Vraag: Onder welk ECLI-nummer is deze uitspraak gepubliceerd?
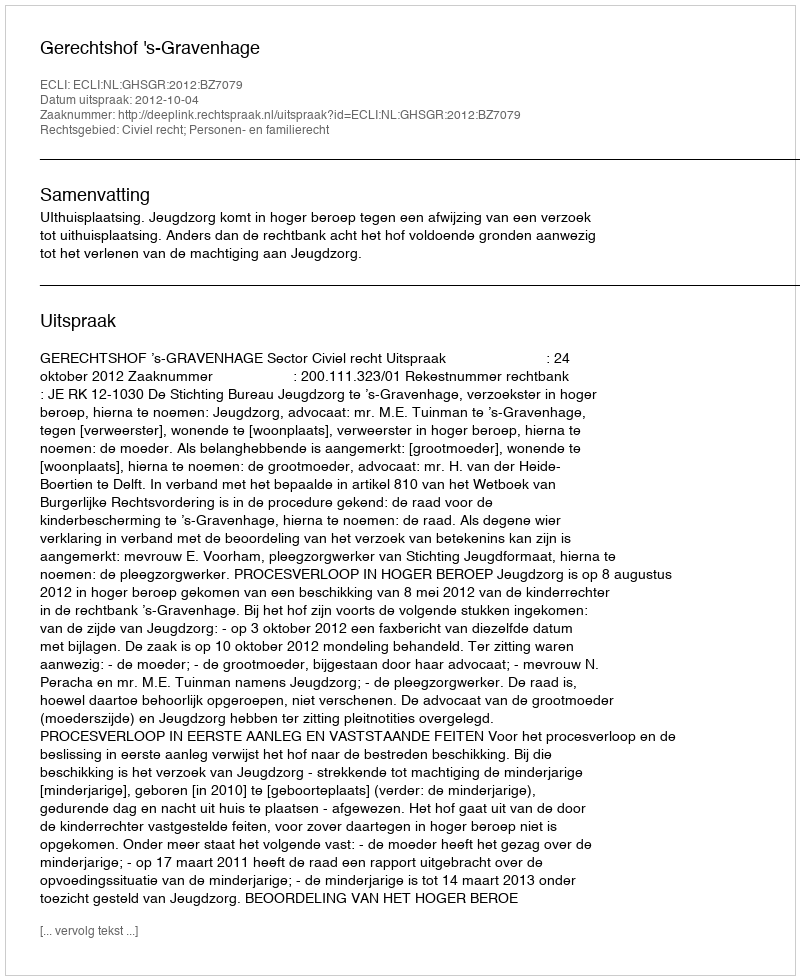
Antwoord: ECLI:NL:GHSGR:2012:BZ7079